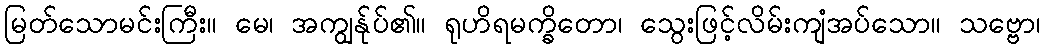
မြတ်သောမင်းကြီး။ မေ၊ အကျွန်ုပ်၏။ ရုဟိရမက္ခိတော၊ သွေးဖြင့်လိမ်းကျံအပ်သော။ သဗ္ဗော၊